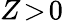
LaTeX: Z\! >\! 0